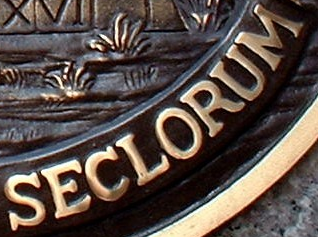
SECLORUM